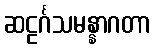
ဆဠင်္ဂသမန္နာဂတာ